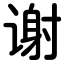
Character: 谢